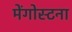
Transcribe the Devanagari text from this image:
मेंगोस्टना